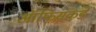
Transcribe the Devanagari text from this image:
ऑफिसकडे